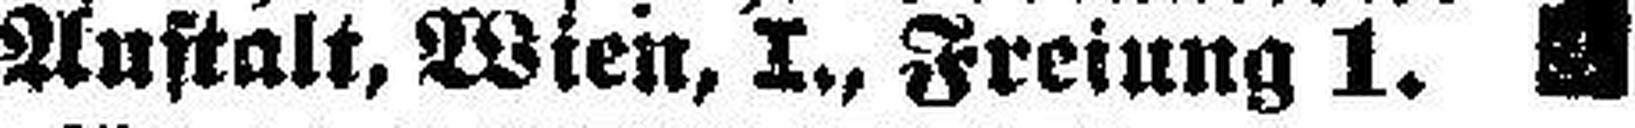
Anstalt, Wien, I., Freiung 1.